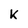
Character: K